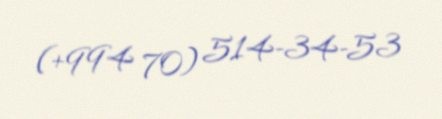
(+994 70) 514-34-53